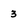
Character: 3